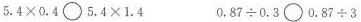
$$5 . 4 \times 0 . 4 \circ 5 . 4 \times